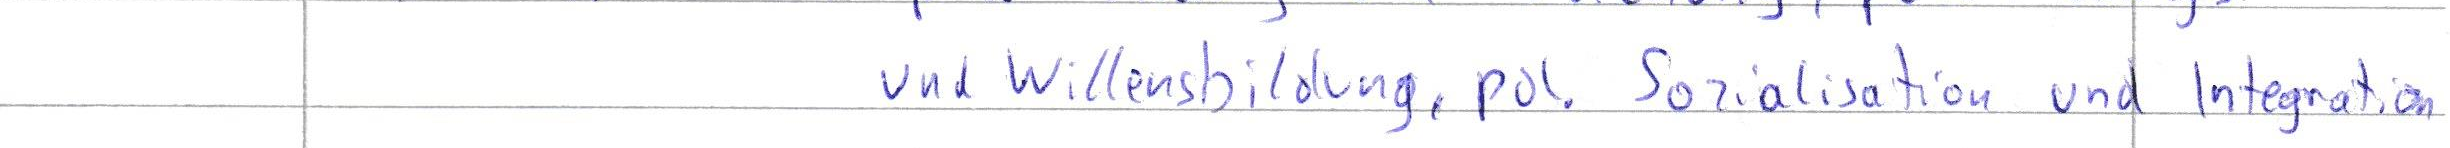
und Willensbildung, pol. Sozialisation und Integration